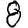
Digit: 8